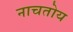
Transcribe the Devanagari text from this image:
नाचतोय